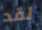
لقد